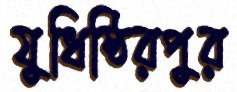
যুধিষ্ঠিরপুর